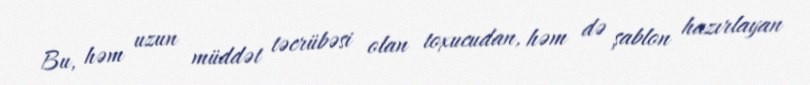
Bu, həm uzun müddət təcrübəsi olan toxucudan, həm də şablon hazırlayan